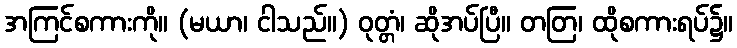
အကြင်စကားကို။ (မယာ၊ ငါသည်။) ဝုတ္တံ၊ ဆိုအပ်ပြီ။ တတြ၊ ထိုစကားရပ်၌။